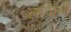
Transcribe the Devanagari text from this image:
लावाओं